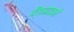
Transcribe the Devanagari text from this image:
पैराग्राफ़ों